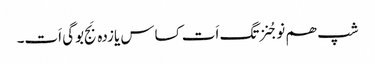
شپ ھم نوجُنزتگ اَت کساس یازدہ بَج بوگی اَت۔